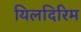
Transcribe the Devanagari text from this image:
यिलदिरिम